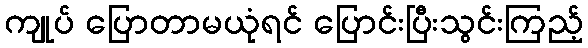
ကျုပ် ပြောတာမယုံရင် ပြောင်းပြီးသွင်းကြည့်